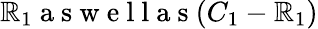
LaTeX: \mathbb{R}_{1}\mathrm{{~a~s~w~e~l~l~a~s~}}(C_{1}-\mathbb{R}_{1})